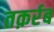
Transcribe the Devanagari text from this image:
तक़र्रब